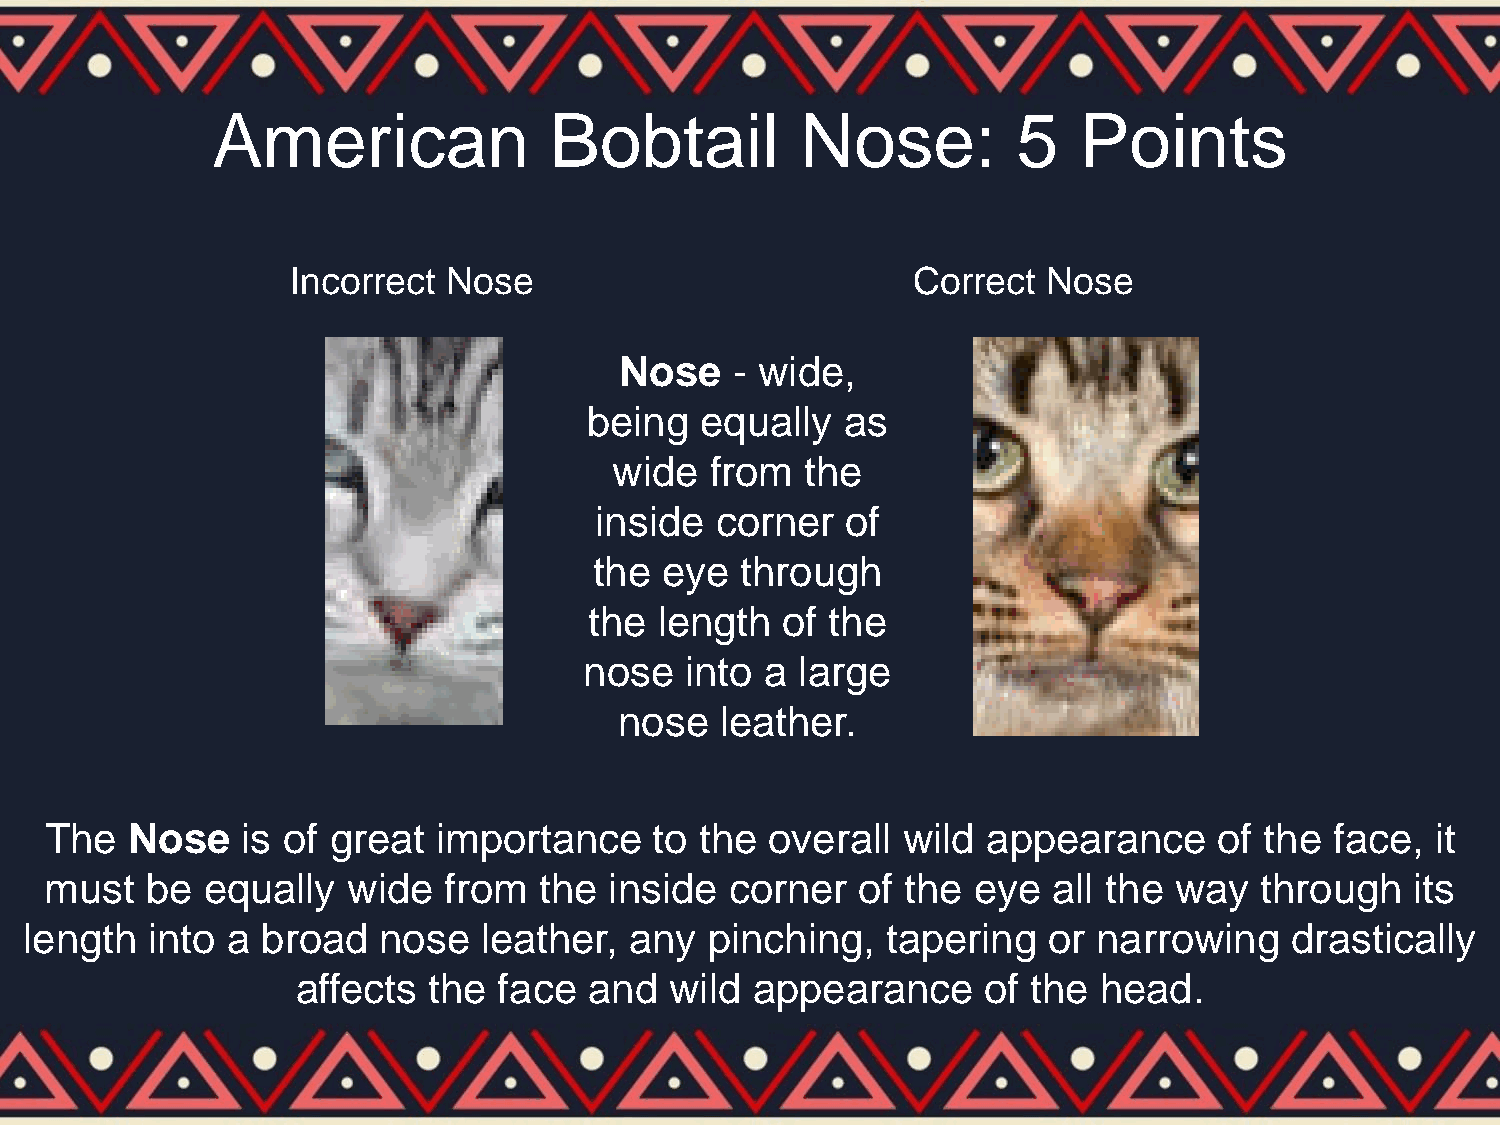
American              Bobtail          Nose:         5   Points
 Incorrect  Nose                          Correct  Nose
 Nose    - wide,
 being  equally   as
 wide  from  the
 inside  corner   of
 the  eye  through
 the  length  of the
 nose  into  a large
 nose   leather.
 The  Nose    is of great  importance    to the  overall  wild appearance      of the face,  it
 must   be equally   wide  from   the inside  corner   of the eye   all the way  through    its
 length  into a broad   nose   leather,  any  pinching,   tapering  or  narrowing   drastically
 affects the  face  and  wild  appearance     of the  head.